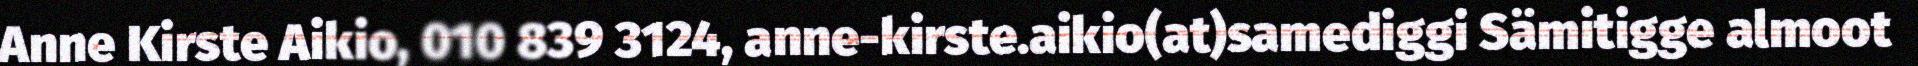
Anne Kirste Aikio, 010 839 3124, anne-kirste.aikio(at)samediggi Sämitigge almoot